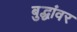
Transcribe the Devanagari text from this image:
बुद्धांवर